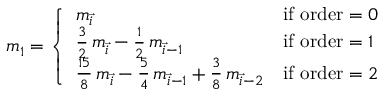
\begin{array} { r } { \boldsymbol { m } _ { 1 } = \left\{ \begin{array} { l l } { \boldsymbol { m } _ { \vec { i } } } & { \mathrm { i f ~ o r d e r } = 0 } \\ { \frac { 3 } { 2 } \, \boldsymbol { m } _ { \vec { i } } - \frac { 1 } { 2 } \, \boldsymbol { m } _ { \vec { i } - 1 } } & { \mathrm { i f ~ o r d e r } = 1 } \\ { \frac { 1 5 } { 8 } \, \boldsymbol { m } _ { \vec { i } } - \frac { 5 } { 4 } \, \boldsymbol { m } _ { \vec { i } - 1 } + \frac { 3 } { 8 } \, \boldsymbol { m } _ { \vec { i } - 2 } } & { \mathrm { i f ~ o r d e r } = 2 } \end{array} \right. } \end{array}